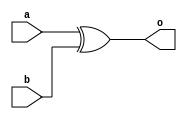
module xor_gate(o,a,b);
    input a,b;
    output o;
    /* xor o1(o,a,b); Gate level abstraction */ 
    assign o = a ^ b;
endmodule